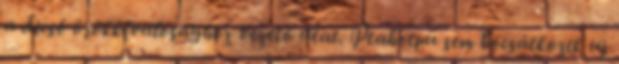
a dicső örökkévalósághoz vezető útat. Ptahotpu sem bocsátkozik uj